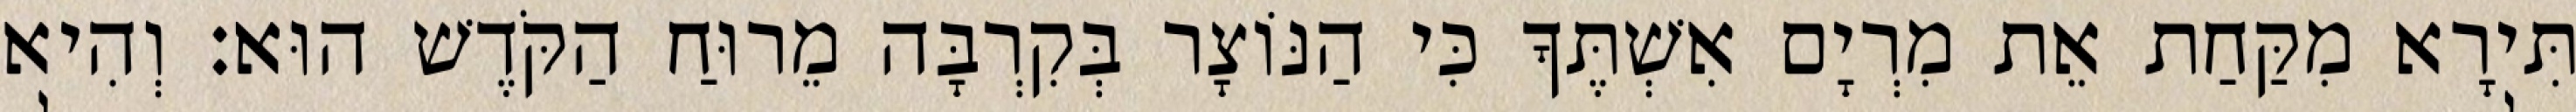
תִּירָא מִקַּחַת אֵת מִרְיָם אִשְׁתֶּךָ כִּי הַנּוֹצָר בְּקִרְבָּה מֵרוּחַ הַקֹּדֶשׁ הוּא׃ וְהִיא